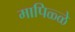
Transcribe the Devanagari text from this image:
मापिळ्ळे